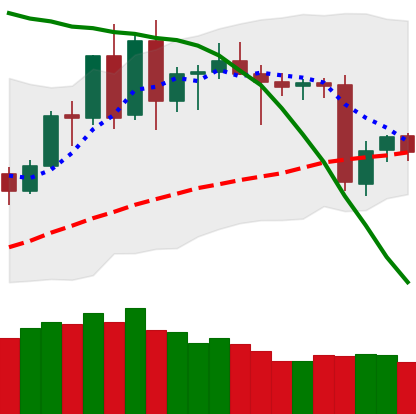
Ticker: BNB-USD
Chart end date: 2020-06-14
Forward return: -4.498%
Label: down_3_5